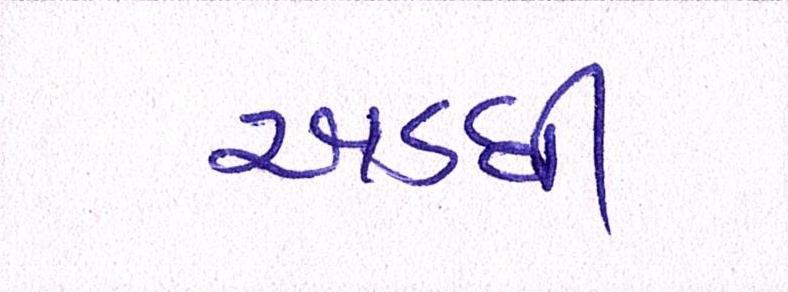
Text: અડધી